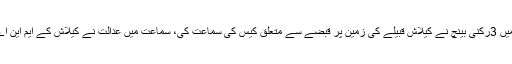
تفصیلات کے مطابق سپریم کورٹ میں چیف جسٹس ثاقب نثار کی سربراہی میں 3رکنی بینچ نے کیلاش قبیلے کی زمین پر قبضے سے متعلق کیس کی سماعت کی، سماعت میں عدالت نے کیلاش کے ایم این اے اور ایم پی اے سمیت تمام منتخب عوامی نمائندوں کو نوٹس جاری کردیئے۔